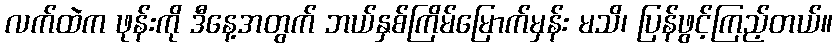
လက်ထဲက ဖုန်းကို ဒီနေ့အတွက် ဘယ်နှစ်ကြိမ်မြောက်မှန်း မသိ၊ ပြန်ဖွင့်ကြည့်တယ်။